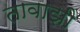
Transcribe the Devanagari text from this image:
तावाझी